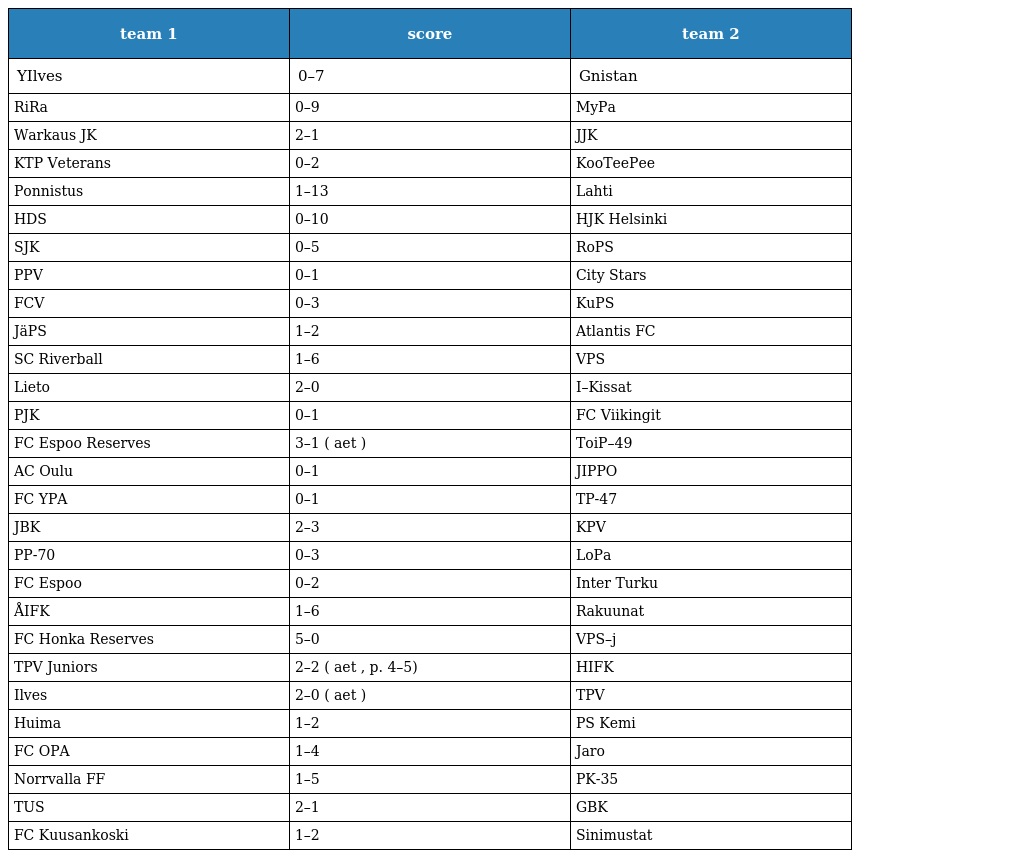
| team 1 | score | team 2 |
 | --- | --- | --- |
 | YIlves | 0–7 | Gnistan |
 | RiRa | 0–9 | MyPa |
 | Warkaus JK | 2–1 | JJK |
 | KTP Veterans | 0–2 | KooTeePee |
 | Ponnistus | 1–13 | Lahti |
 | HDS | 0–10 | HJK Helsinki |
 | SJK | 0–5 | RoPS |
 | PPV | 0–1 | City Stars |
 | FCV | 0–3 | KuPS |
 | JäPS | 1–2 | Atlantis FC |
 | SC Riverball | 1–6 | VPS |
 | Lieto | 2–0 | I–Kissat |
 | PJK | 0–1 | FC Viikingit |
 | FC Espoo Reserves | 3–1 ( aet ) | ToiP–49 |
 | AC Oulu | 0–1 | JIPPO |
 | FC YPA | 0–1 | TP-47 |
 | JBK | 2–3 | KPV |
 | PP-70 | 0–3 | LoPa |
 | FC Espoo | 0–2 | Inter Turku |
 | ÅIFK | 1–6 | Rakuunat |
 | FC Honka Reserves | 5–0 | VPS–j |
 | TPV Juniors | 2–2 ( aet , p. 4–5) | HIFK |
 | Ilves | 2–0 ( aet ) | TPV |
 | Huima | 1–2 | PS Kemi |
 | FC OPA | 1–4 | Jaro |
 | Norrvalla FF | 1–5 | PK-35 |
 | TUS | 2–1 | GBK |
 | FC Kuusankoski | 1–2 | Sinimustat |